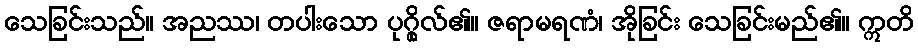
သေခြင်းသည်။ အညဿ၊ တပါးသော ပုဂ္ဂိုလ်၏။ ဇရာမရဏံ၊ အိုခြင်း သေခြင်းမည်၏။ ဣတိ